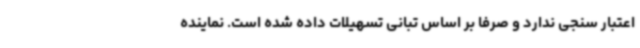
اعتبار سنجی ندارد و صرفا بر اساس تبانی تسهیلات داده شده است. نماینده